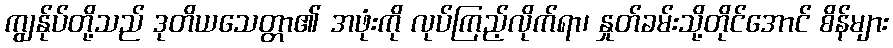
ကျွန်ုပ်တို့သည် ဒုတိယသေတ္တာ၏ အဖုံးကို လုပ်ကြည့်လိုက်ရာ၊ နှုတ်ခမ်းသို့တိုင်အောင် စိန်များ